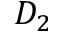
D _ { 2 }